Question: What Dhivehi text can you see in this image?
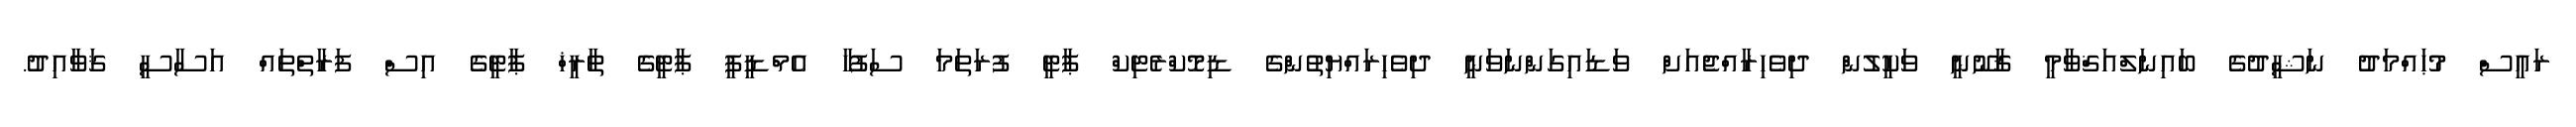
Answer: ރައީސް މުޙައްމަދު ނަޝީދުގެ ބައިނަލްއަޤްވާމީ ޤާނޫނީ ވަކީލުން ދިވެހިރާއްޖެއަށް ވަޑައިގަންނަވަނީ ދިވެހިރައްޔިތުންގެ ޑިމޮކްރެޓިކް ޕާޓީ ފުރަތަމަ ސަފުހާ އެމްޑީޕީ ޕާޓީގެ ތާރީޚް ޕާޓީގެ އިސް ފަރާތްތައް އަސާސީ ޤަވާއިދު.